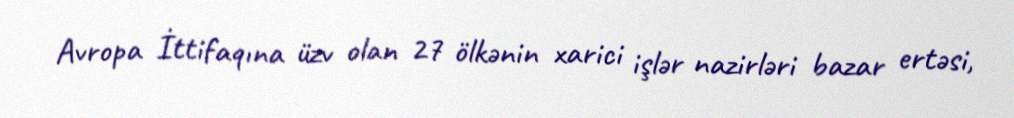
Avropa İttifaqına üzv olan 27 ölkənin xarici işlər nazirləri bazar ertəsi,